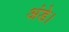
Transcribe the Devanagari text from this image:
अंडे।